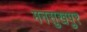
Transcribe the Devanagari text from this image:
मनसुखपुर